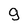
Character: g